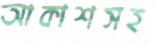
আকাশসহ